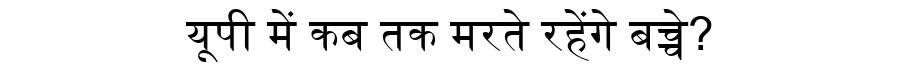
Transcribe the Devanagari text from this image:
यूपी में कब तक मरते रहेंगे बच्चे?